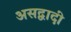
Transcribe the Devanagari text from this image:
असद्वादी